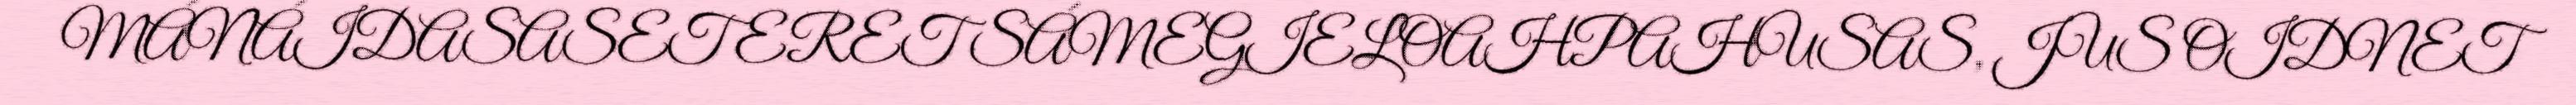
MÁNÁIDASASET ERET SÁMEGIELOAHPAHUSAS, JUS OIDNET